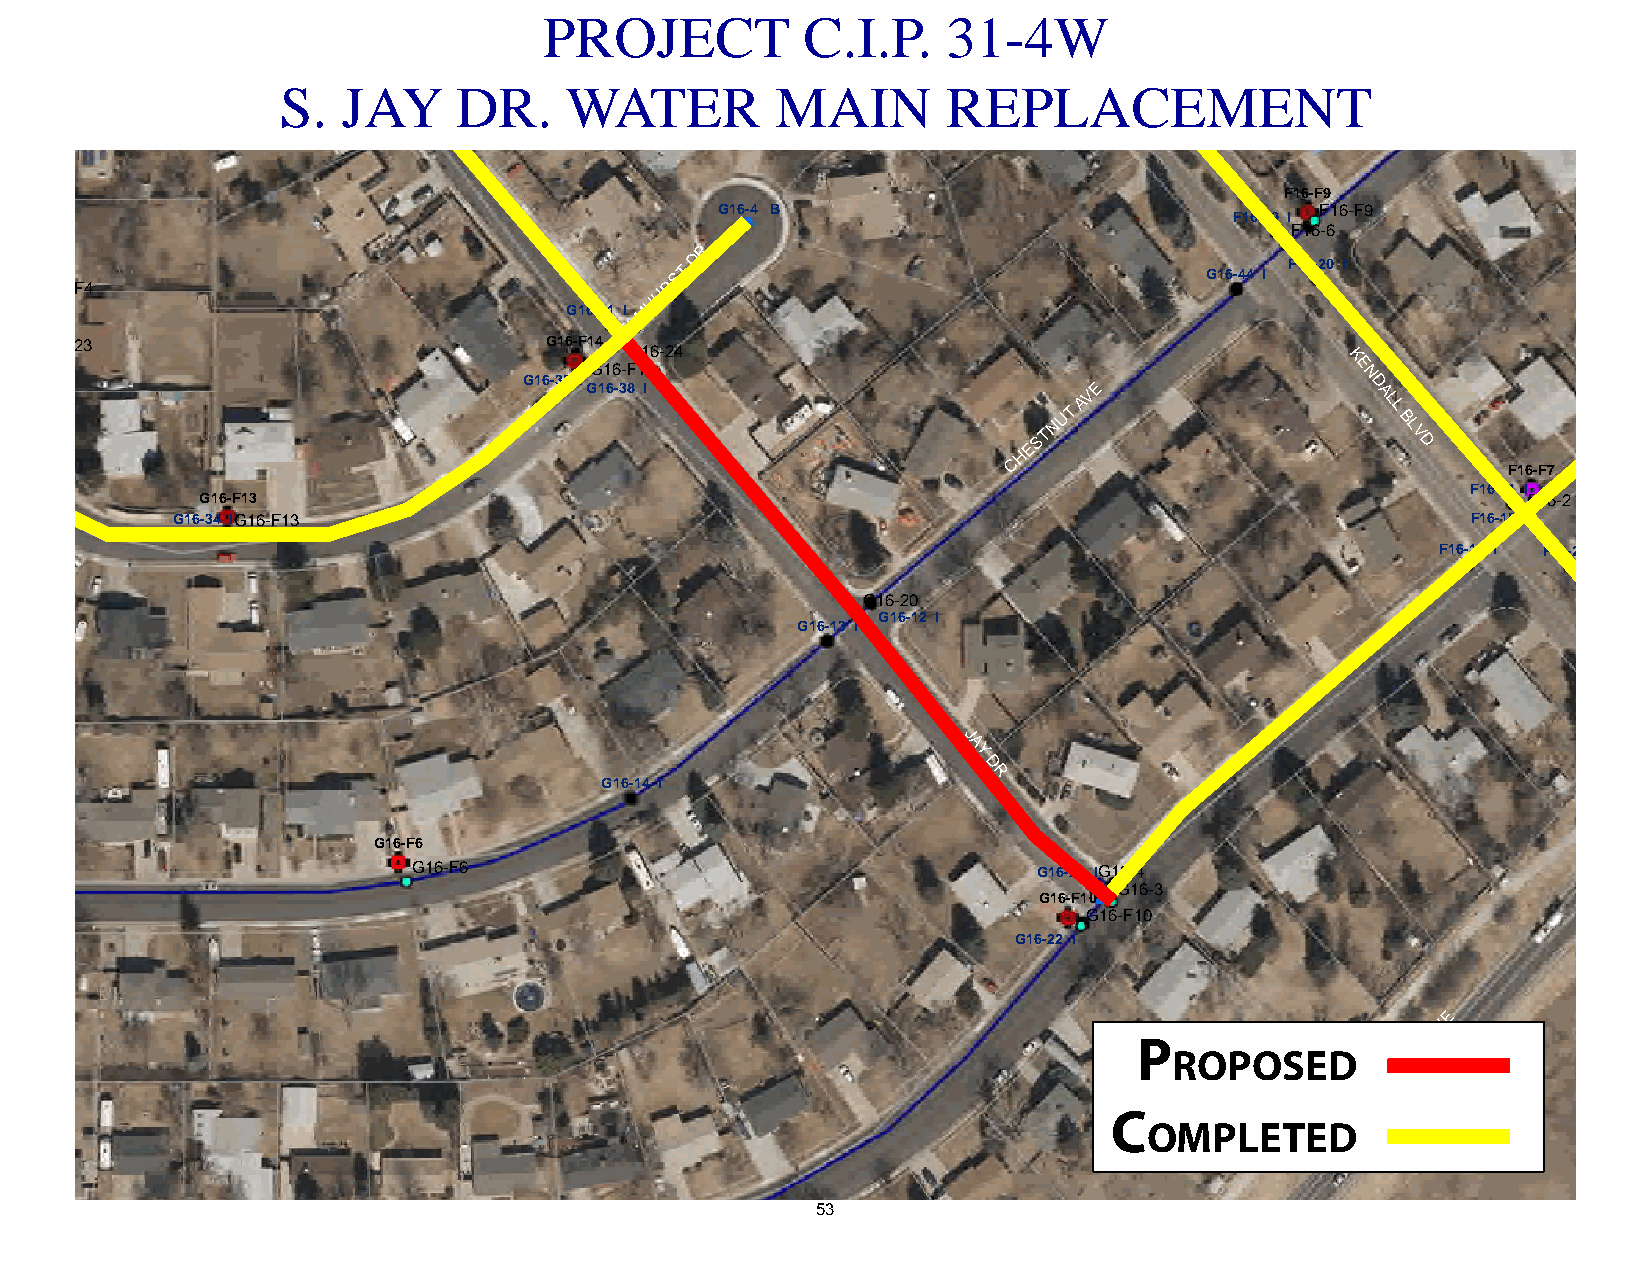
PROJECT          C.I.P.    31-4W
 S.  JAY    DR.    WATER         MAIN        REPLACEMENT
 F16-F9
 G16-4 B                                 F16-F9
 F16-19 I
 F16-6
 R
 D
 G16-F4                                     ST                                 G16-44 I F16-20 I
 G16-F4                                    UR
 H
 G16-41 I M
 L
 G16-32 I                                 E
 G16-23                            G16-F14 G16-24
 K
 G16-F14                                           E
 G16-33 I                           G16-35 I G16-38 I
 ESTN
 UT
 AVE               N D A
 L
 L
 B L
 V
 D
 H
 C
 F16-F7
 F16-21 I
 G16-F13                                                                                 F16-2
 G16-34 IG16-F13                                                                       F16-15 I
 F16-14 I F16-2 I
 G16-20
 G16-12 I
 G16-13 I
 J
 A
 Y
 D
 R
 G16-14 I
 G16-F6
 G16-F6                                    G16-26 IG16-4
 G16-3
 G16-F10
 G16-F10
 G16-22 I
 E
 V
 A
 P                  D
 ROPOSED        EL
 FI
 T
 A
 H
 C
 C
 OMPLETED
 53
 ALDER AVE